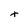
Character: t